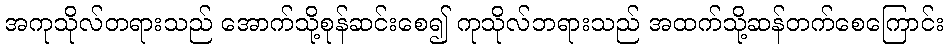
အကုသိုလ်တရားသည် အောက်သို့စုန်ဆင်းစေ၍ ကုသိုလ်ဘရားသည် အထက်သို့ဆန်တက်စေကြောင်း